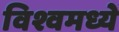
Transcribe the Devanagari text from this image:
विश्वमध्ये